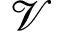
\mathcal { V }